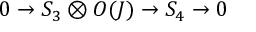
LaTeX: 0 \rightarrow S _ { 3 } \otimes { \cal O } ( J ) \rightarrow S _ { 4 } \rightarrow 0